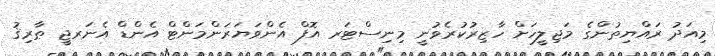
މިއަދު ރައްޔިތުންގެ މަޖިލީހަށް ހާޒިރުކުރެވުނީ މިނިސްޓަރ އޮފް އެންވަޔަރަންމަންޓް އެންޑް އެނަރޖީ ޠާރިޤު